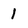
Character: 1